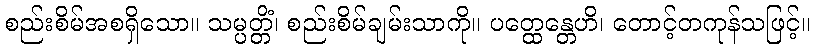
စည်းစိမ်အစရှိသော။ သမ္ပတ္တိံ၊ စည်းစိမ်ချမ်းသာကို။ ပတ္ထေန္တေဟိ၊ တောင့်တကုန်သဖြင့်။